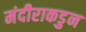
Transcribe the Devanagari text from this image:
मंदीराकडुन